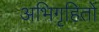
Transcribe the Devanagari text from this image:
अभिगृहितों